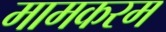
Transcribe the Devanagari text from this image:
मामकरम